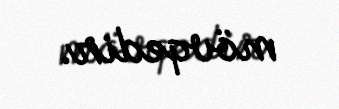
mövqedir.